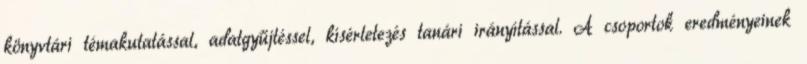
könyvtári témakutatással, adatgyűjtéssel, kísérletezés tanári irányítással. A csoportok eredményeinek